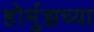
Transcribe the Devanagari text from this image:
होर्मुझच्या